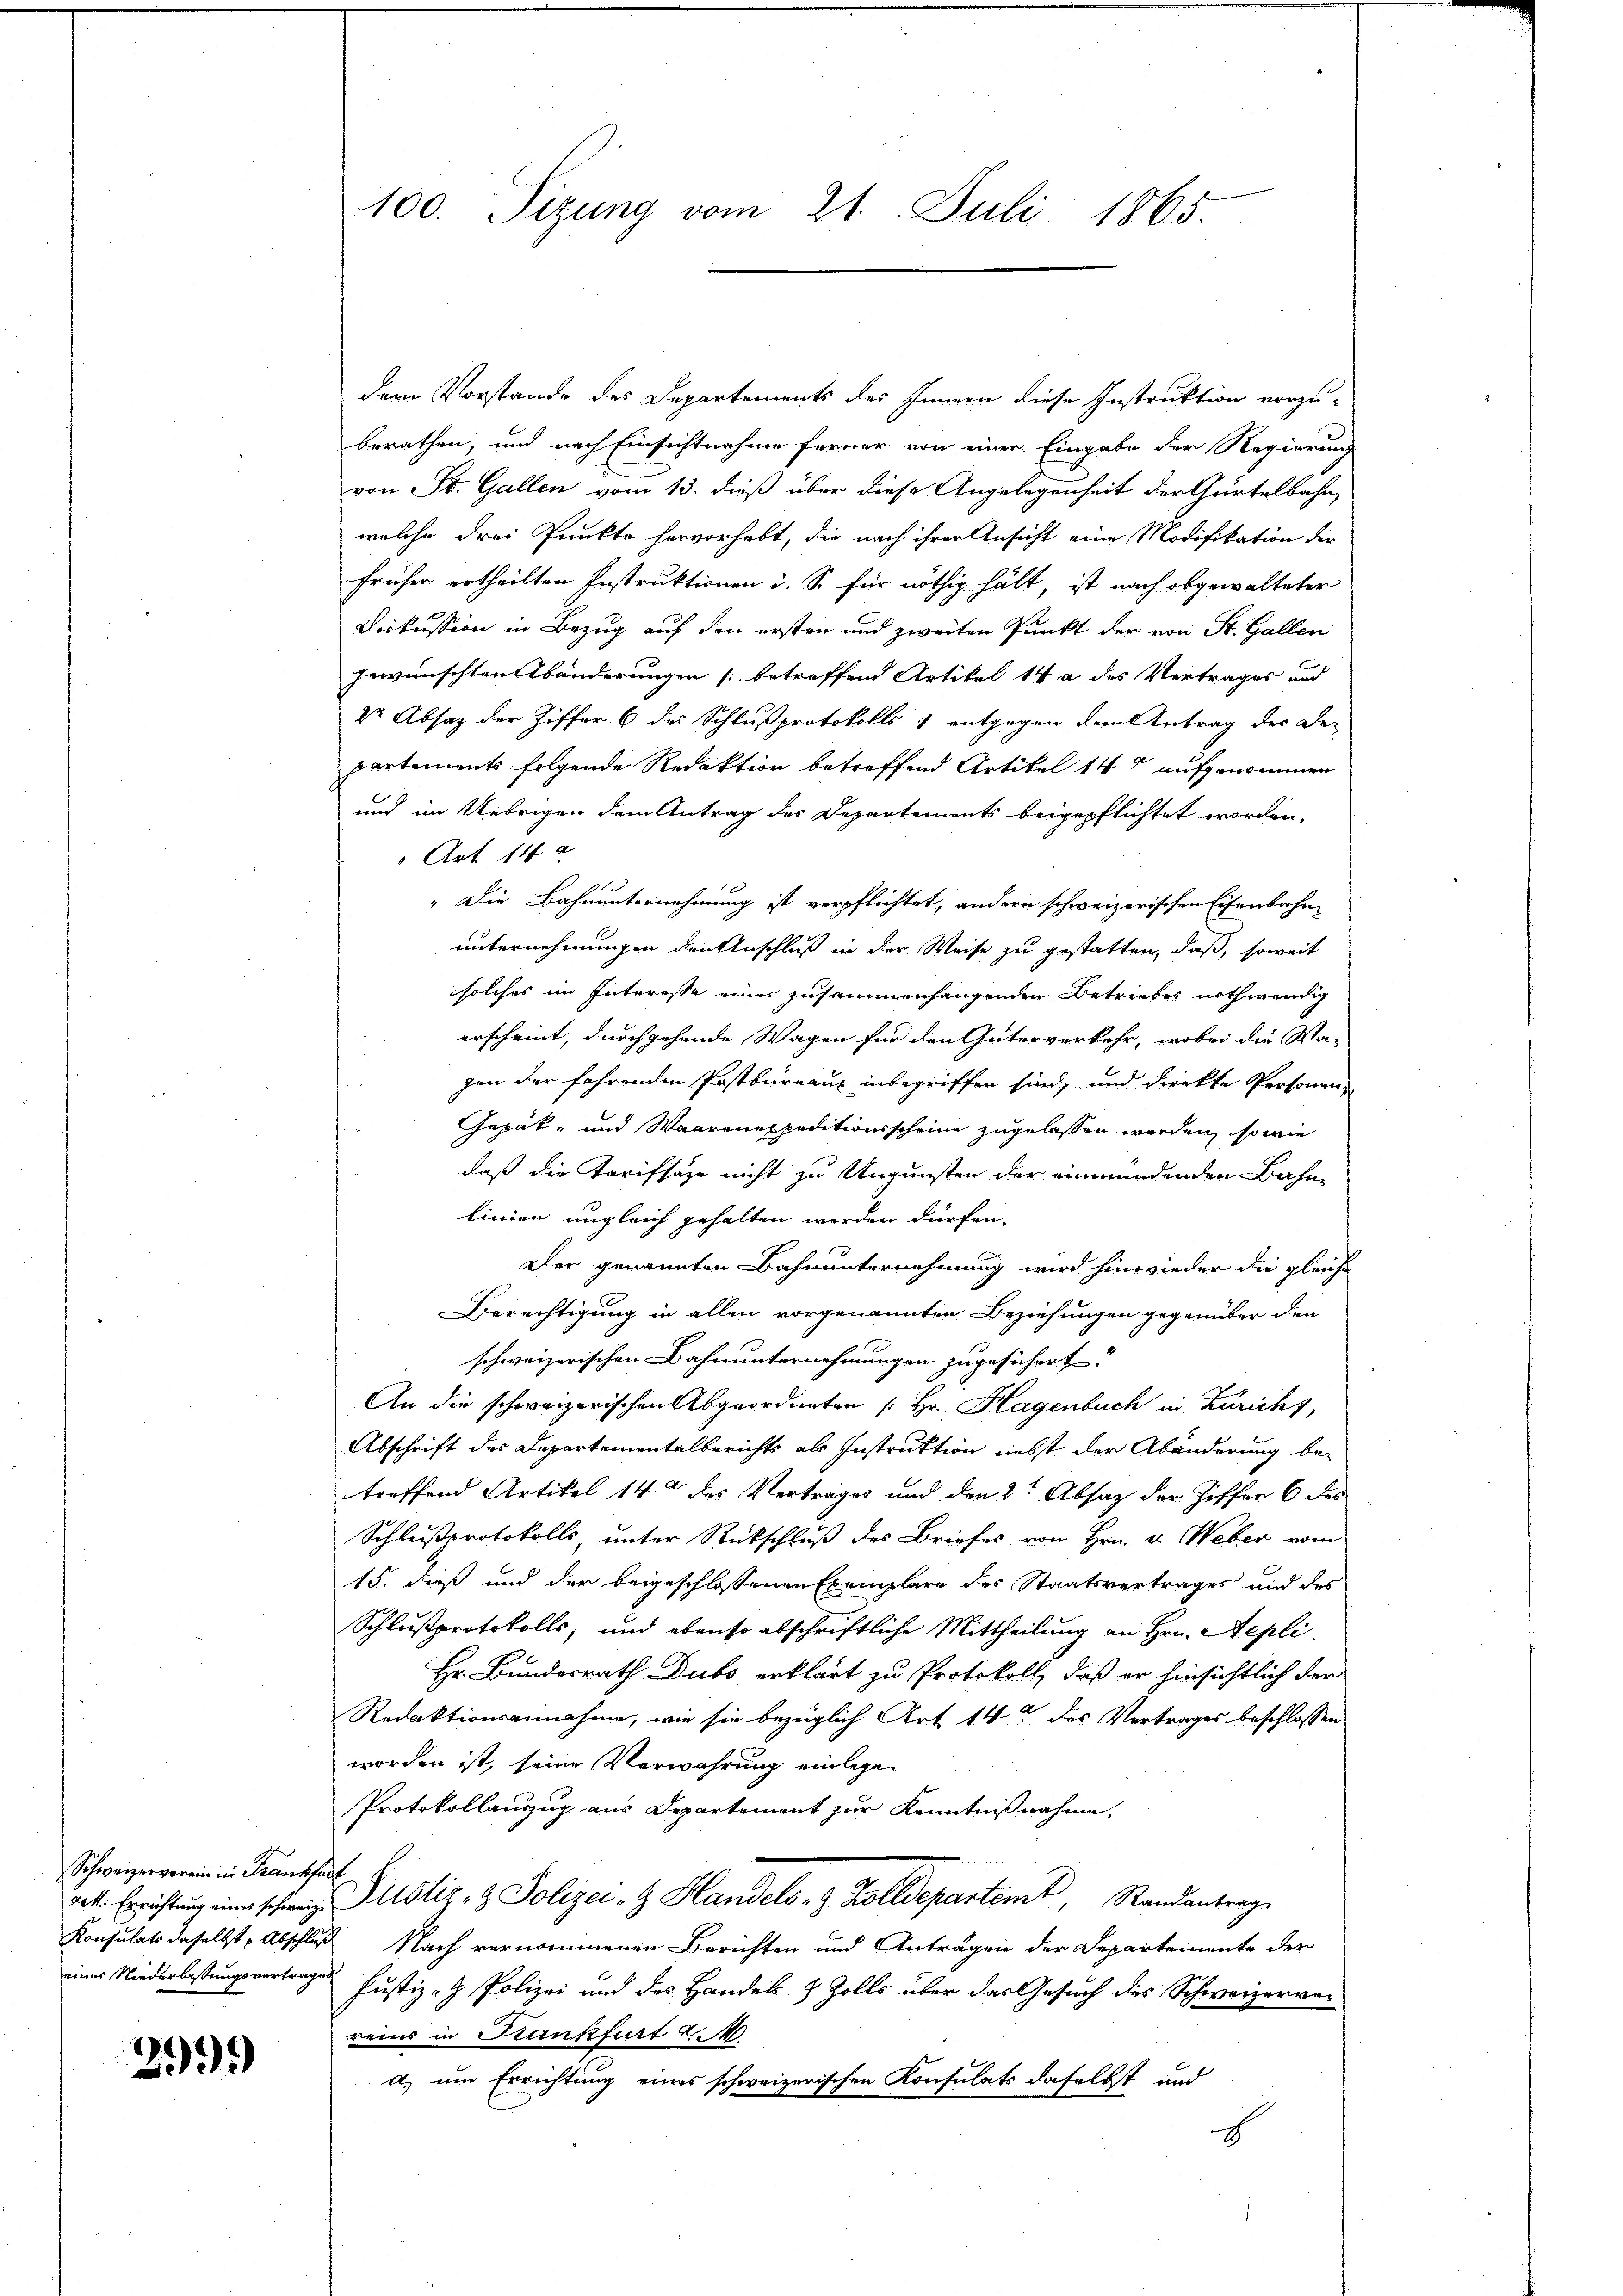
Schweizerverein in Frankhalt

2999

100. Sitzung vom 21. Juli 1865.

dem Vorstande des Departements des Innern diese Instruktion vorzu-
berathen, und nach Einsichtnahme ferner von einer Eingabe der Regierung
von St. Gallen vom 13. dieß über diese Angelegenheit der Gürtelbahn,
welche drei Punkte hervorhebt, die nach ihrer Ansicht eine Modifikation der
früher ertheilten Instruktionen i. S. für nöthig hält, ist nach obgewalteter
Diskussion in Bezug auf den ersten und zweiten Punkt der von St. Gallen
gewünschten Abänderungen (betreffend Artikel 14 a des Vertrages und
dr Absatz der Ziffer 6 des Schlußprotokolls : entgegen dem Antrag der De-
partements folgende Redaktion betreffend Artikel 14 aufgenommen
und im Uebrigen dem Antrag des Departements beigepflichtet worden.
Art 14 a
" Die Bahnunternehmung ist verpflichtet, andern schweizerischen Eisenbahnunternehmungen den Anschluß in der Weise zu gestatten, daß, soweit
solches im Interesse eines zusammenhangenden Betriebes nothwendig
erscheint, durchgehende Wagen für den Güterverkehr, wobei die Wa-
zen der fahrenden Postbureaux inbegriffen sind, und direkte Personen,
Gepät, und Waarenexpeditionsscheine zugelassen werden, sowie
daß die Tarifsage nicht zu Ungunsten der einmündenden Bahnlinien ungleich gehalten werden dürfen.
Der genannten Bahnunternehmung wird hinwieder die gleiche
Berechtigung in allen vorgenannten Beziehungen gegenüber den
schweizerischen Bahnunternehmungen zugesichert.
An die schweizerischen Abgeordneten [Hr. Hagenbuch in Zuricht,
Abschrift des Departementalberichts als Instruktion nebst der Abänderung be-
treffend Artikel 14 des Vertrages und den 2te Absaz der Ziffer 6 des
Schlußprotokolls, unter Rückschluß des Briefes von Hrn. v. Weber vom
15. dieß und der beigeschlossenen Exemplare des Staatsvertrages und des
Schlußprotokolls, und ebenso abschriftliche Mittheilung an Hrn. Aepli
Hr. Bundesrath Dubo erklärt zu Protokoll, daß er hinsichtlich der
Redaktionsannahme, wie sie bezüglich Art 14 des Vertrages beschlossen
worden ist, seine Verwahrung einlegen
Protokollauszug aus Departement zur Kenntnißnahme.
d. Errichtung eine schweiz Pustiz- & Polizei z. Handels- & Zolldepartemt, Standantrage
Konsulats daselbst, Abschluß Nach vernommenen Berichten und Anträgen der Departemente der
eines Niederlassungsvertrages Justiz - Polizei und des Handel- & Zolls über das Gesuch des Schweizerver
reins in Krankfurt d.
a) um Errichtung eines schweizerischen Konsulats daselbst und
t